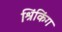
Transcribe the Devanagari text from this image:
श्रिंकिंग